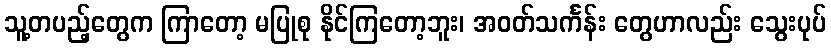
သူ့တပည့်တွေက ကြာတော့ မပြုစု နိုင်ကြတော့ဘူး၊ အဝတ်သင်္ကန်း တွေဟာလည်း သွေးပုပ်